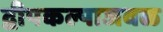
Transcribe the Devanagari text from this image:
द्वीपकल्पाजवळ